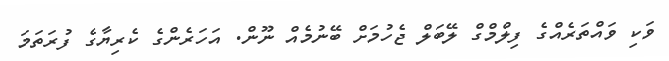
ވަކި ވައްތަރެއްގެ ފިލްމްގް ލޭބަލް ޖެހުމަށް ބޭނުމެއް ނޫން. އަހަރެންގެ ކެރިޔާގެ ފުރަތަމަ